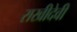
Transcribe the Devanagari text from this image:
राखीदेवी